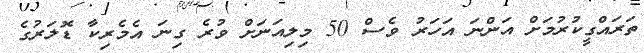
ތަރައްގީކުރުމަށް އަންނަ އަހަރު ވެސް 50 މިލިއަނަށް ވުރެ ގިނަ އެމެރިކާ ޑޮލަރުގެ